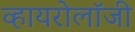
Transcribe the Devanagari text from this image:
व्हायरोलॉजी